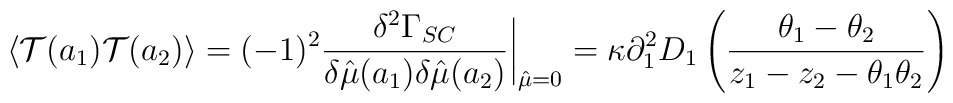
\langle {\cal T}(a_1) {\cal T}(a_2)\rangle =(-1)^2{\delta^2\Gamma_{SC}\over\delta\hat\mu(a_1)\delta\hat\mu(a_2)}\bigg\vert_{\hat\mu= 0} = \kappa\partial^2_1D_1\left({\theta_1-\theta_2\over z_1-z_2-\theta_1\theta_2}\right)